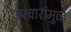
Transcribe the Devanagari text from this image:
उपचारांमुळे